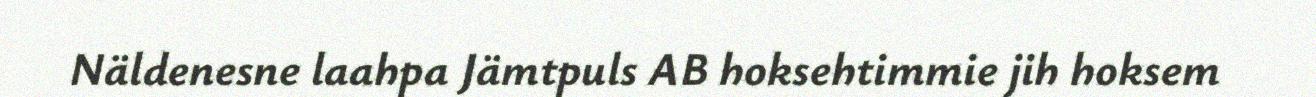
Näldenesne laahpa Jämtpuls AB hoksehtimmie jih hoksem